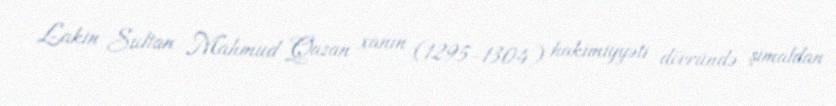
Lakin Sultan Mahmud Qazan xanın (1295-1304) hakimiyyəti dövründə şimaldan